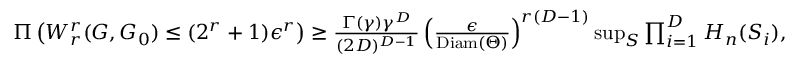
\begin{array} { r } { \Pi \left( W _ { r } ^ { r } ( G , G _ { 0 } ) \leq ( 2 ^ { r } + 1 ) \epsilon ^ { r } \right) \geq \frac { \Gamma ( \gamma ) \gamma ^ { D } } { ( 2 D ) ^ { D - 1 } } \left( \frac { \epsilon } { \mathrm { D i a m } ( \Theta ) } \right) ^ { r ( D - 1 ) } \operatorname* { s u p } _ { S } \prod _ { i = 1 } ^ { D } H _ { n } ( S _ { i } ) , } \end{array}